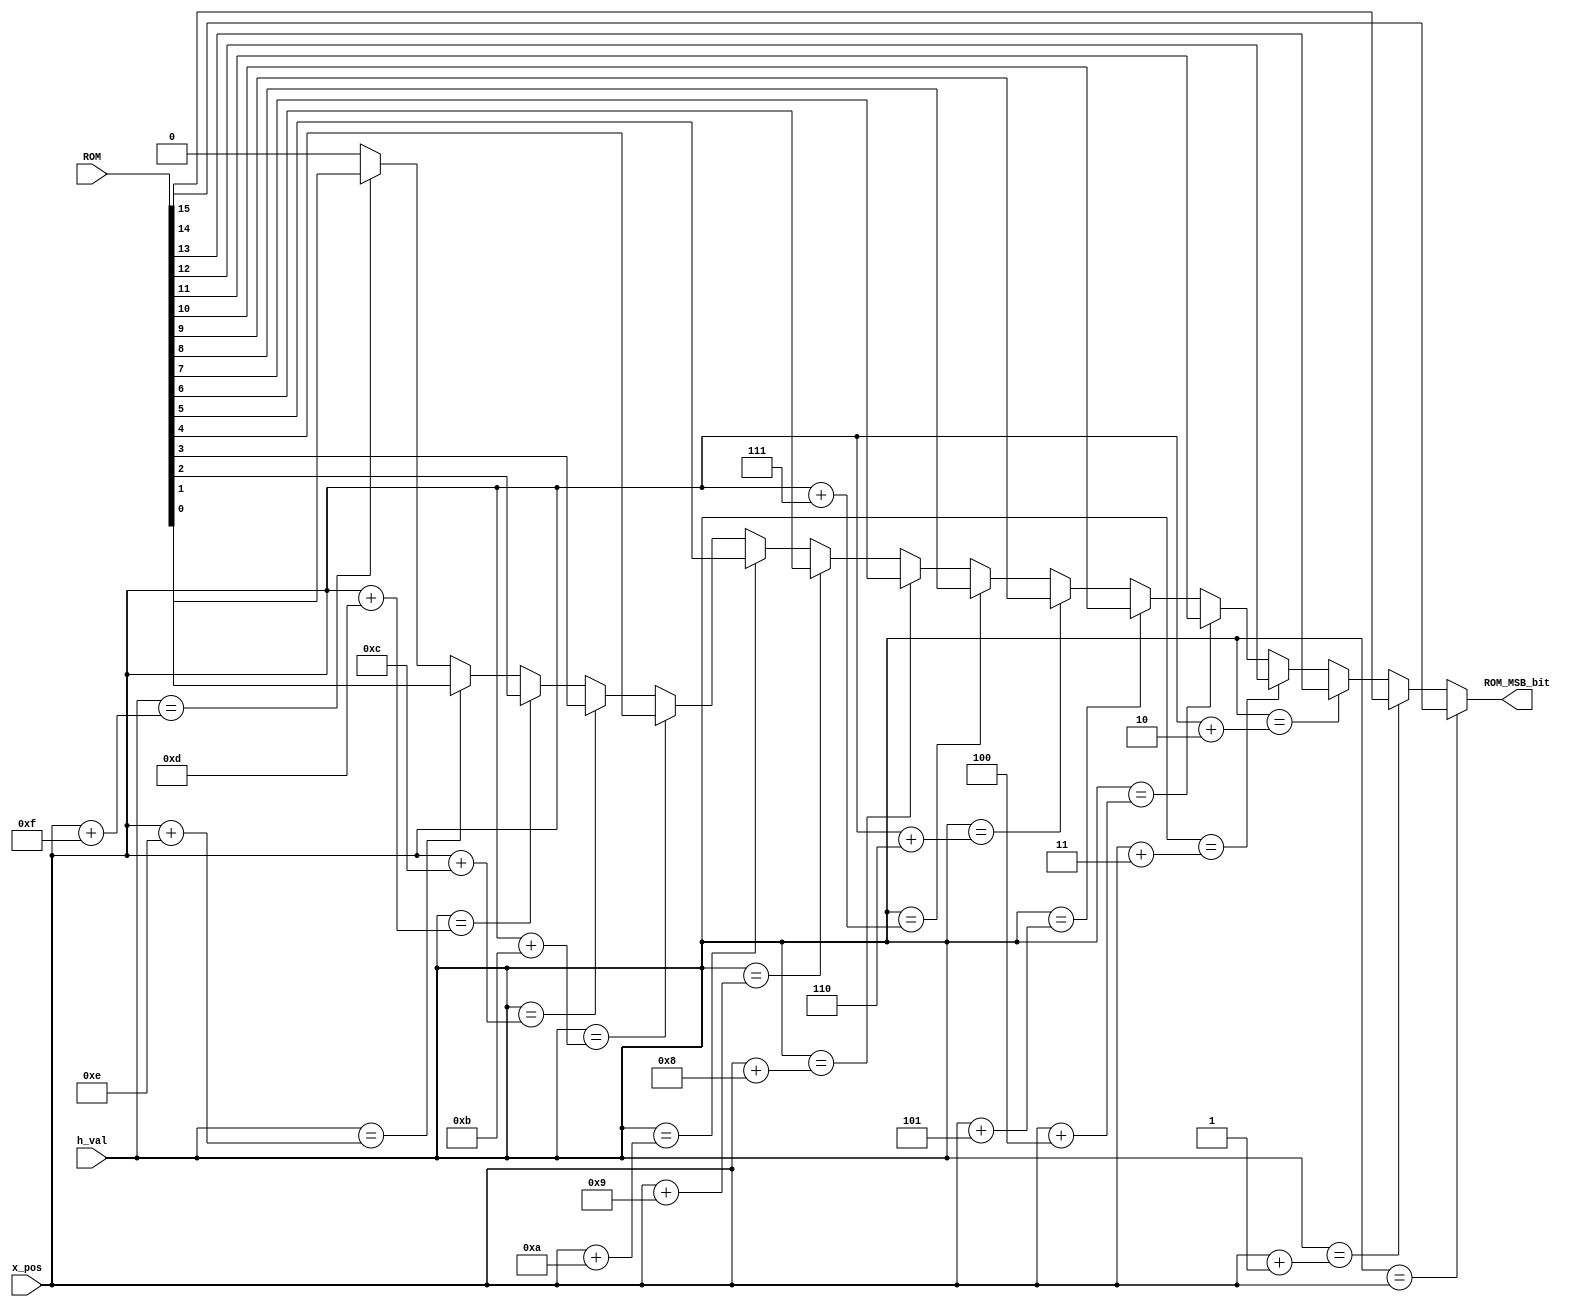
`timescale 1ns / 1ps

/*
	At each new pixel, look at the individual bits of the ROM data
	and display one 
*/

module ROM_reader
(
	input [9:0] x_pos,
	input [9:0] h_val,
	input [15:0] ROM,
	output ROM_MSB_bit
);

assign ROM_MSB_bit = (h_val == x_pos) ? ROM[15] :
					 (h_val == x_pos + 1 ) ? ROM[14] : 
					 (h_val == x_pos + 2 ) ? ROM[13] : 
					 (h_val == x_pos + 3 ) ? ROM[12] : 
					 (h_val == x_pos + 4 ) ? ROM[11] : 
					 (h_val == x_pos + 5 ) ? ROM[10] : 
					 (h_val == x_pos + 6 ) ? ROM[9] : 
					 (h_val == x_pos + 7 ) ? ROM[8] : 
					 (h_val == x_pos + 8 ) ? ROM[7] : 
					 (h_val == x_pos + 9 ) ? ROM[6] : 
					 (h_val == x_pos + 10) ? ROM[5] : 
					 (h_val == x_pos + 11) ? ROM[4] : 
					 (h_val == x_pos + 12) ? ROM[3] : 
					 (h_val == x_pos + 13) ? ROM[2] :  
					 (h_val == x_pos + 14) ? ROM[1] : 
					 (h_val == x_pos + 15) ? ROM[0] : 1'd0;

endmodule